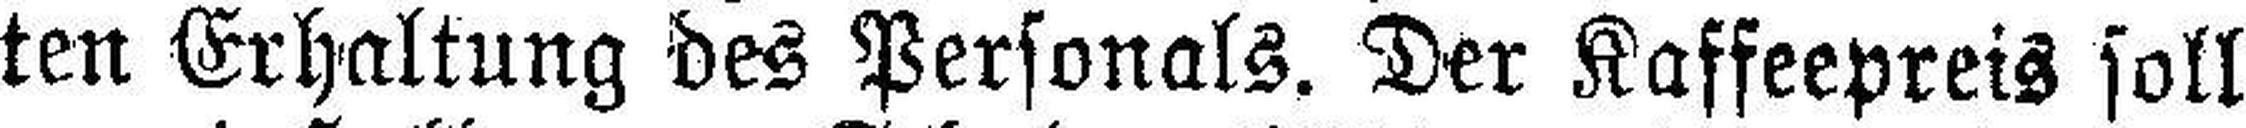
ten Erhaltung des Personals. Der Kaffeepreis soll